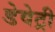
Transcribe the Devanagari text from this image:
डेवेट्री